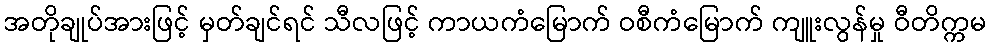
အတိုချုပ်အားဖြင့် မှတ်ချင်ရင် သီလဖြင့် ကာယကံမြောက် ဝစီကံမြောက် ကျူးလွန်မှု ဝီတိက္ကမ